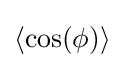
\langle \cos(\textstyle \phi \,\!)\rangle